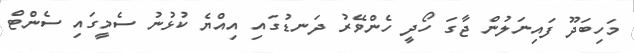
މަހިބަދޫ ފައިނަލުން ޖާގަ ހޯދީ ހެންވޭރު ދަނޑުގައި އިއްޔެ ކުޅުނު ސެމީގައި ސެންޓް